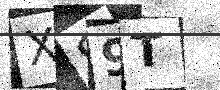
Text: XS9T